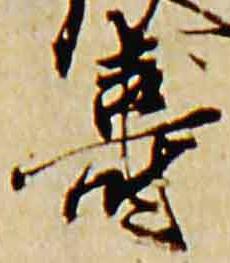
寿